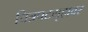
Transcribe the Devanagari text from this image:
चित्रपटगृहावर